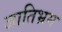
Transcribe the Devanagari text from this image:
जातिभ्रम